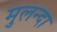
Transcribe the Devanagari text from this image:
मुलन्दा